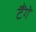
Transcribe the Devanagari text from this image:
टैंगे